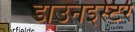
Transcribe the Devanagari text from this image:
डाउनइस्टर